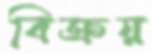
বিক্রয়